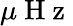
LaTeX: \mu\mathrm{~H~z~}